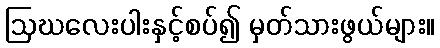
ဩဃလေးပါးနှင့်စပ်၍ မှတ်သားဖွယ်များ။